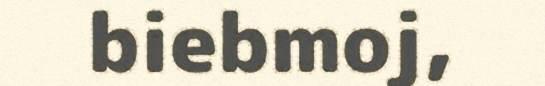
biebmoj,